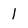
Character: 1